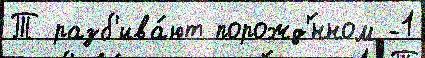
Т разб'ива́ют порожд'́нном -1